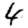
Digit: 4